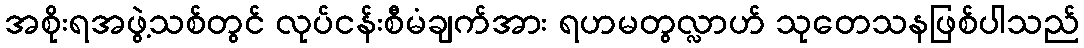
အစိုးရအဖွဲ့သစ်တွင် လုပ်ငန်းစီမံချက်အား ရဟမတွလ္လာဟ် သုတေသနဖြစ်ပါသည်